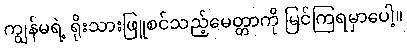
ကျွန်မရဲ့ ရိုးသားဖြူစင်သည့်မေတ္တာကို မြင်ကြရမှာပေါ့။